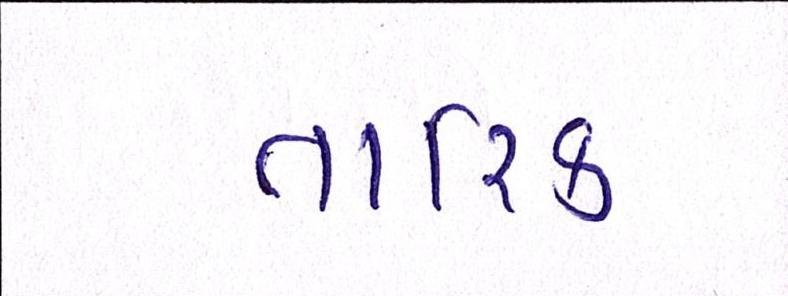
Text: તારિક